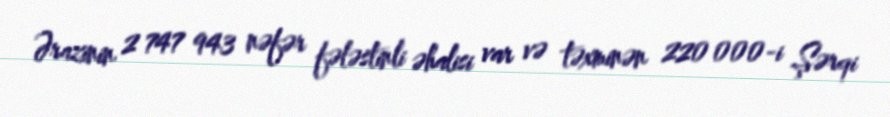
Ərazinin 2 747 943 nəfər fələstinli əhalisi var və təxminən 220 000-i Şərqi